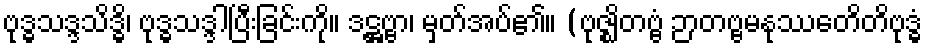
ဗုဒ္ဓသဒ္ဒသိဒ္ဓိ၊ ဗုဒ္ဓသဒ္ဒါပြီးခြင်းကို။ ဒဋ္ဌဗ္ဗာ၊ မှတ်အပ်၏။ (ဗုဇ္ဈိတဗ္ဗံ ဉာတဗ္ဗမနုဿေတိတိဗုဒ္ဓံ